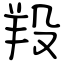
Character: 羖